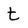
Character: t